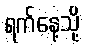
ရက်နေ့သို့